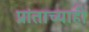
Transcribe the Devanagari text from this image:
प्रांताच्याही